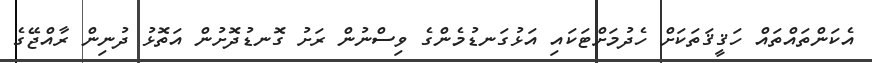
އެކަންތައްތައް ހަޤީޤަތަކަށް ހެދުމަށްޓަކައި އަޅުގަނޑުމެންގެ ވިސްނުން ރަށު ގޮނޑުދޮށުން އަތޮޅު ދުނިން ރާއްޖޭގެ